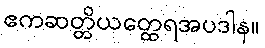
ဧကဆတ္တိယတ္ထေရအပဒါန။